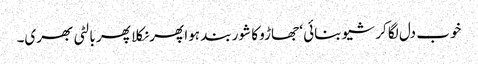
خوب دل لگا کر شیو بنائی ‘ جھاڑو کا شور بند ہوا پھر نکلا پھر بالٹی بھری۔